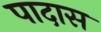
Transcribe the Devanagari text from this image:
पादास